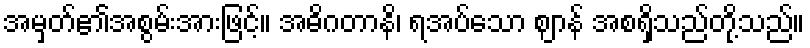
အမှတ်၏အစွမ်းအားဖြင့်။ အဓိဂတာနိ၊ ရအပ်သော ဈာန် အစရှိသည်တို့သည်။